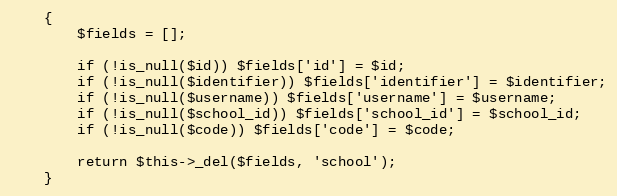
Language: PHP
    {
        $fields = [];

        if (!is_null($id)) $fields['id'] = $id;
        if (!is_null($identifier)) $fields['identifier'] = $identifier;
        if (!is_null($username)) $fields['username'] = $username;
        if (!is_null($school_id)) $fields['school_id'] = $school_id;
        if (!is_null($code)) $fields['code'] = $code;

        return $this->_del($fields, 'school');
    }